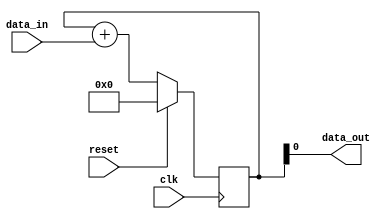
module simple_accumulator(
    input wire clk,
    input wire reset,
    input wire data_in,
    output reg data_out
);

reg [31:0] accumulator;

always @(posedge clk) begin
    if (reset) begin
        accumulator <= 32'h0;
    end else begin
        accumulator <= accumulator + data_in;
    end
end

assign data_out = accumulator;

endmodule